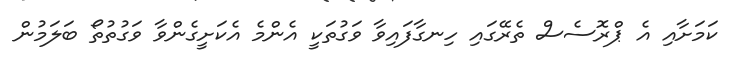
ކަމަށާއި އެ ޕްރޮސެސް ތެރޭގައި ހިނގާފައިވާ ވަގުތަކީ އެންމެ އެކަށީގެންވާ ވަގުތުތޯ ބަލަމުން